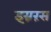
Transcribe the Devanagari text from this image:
इग्नरंस